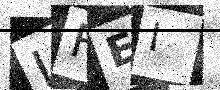
Text: IFEI